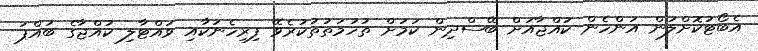
އެބޯޓުކޮށްލަން އަންހެން ކުއްޖާއަށް ބޭސްދިން ކަމަށް ތުހުމަތުތުކުރެވޭ ފިރިހެނަކާއި ވައްޓާލި ކުއްޖާގެ ބައްޕަ